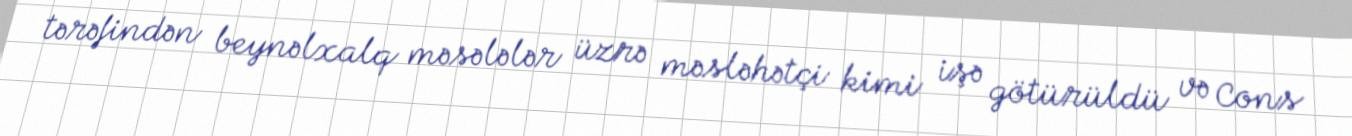
tərəfindən beynəlxalq məsələlər üzrə məsləhətçi kimi işə götürüldü və Cons